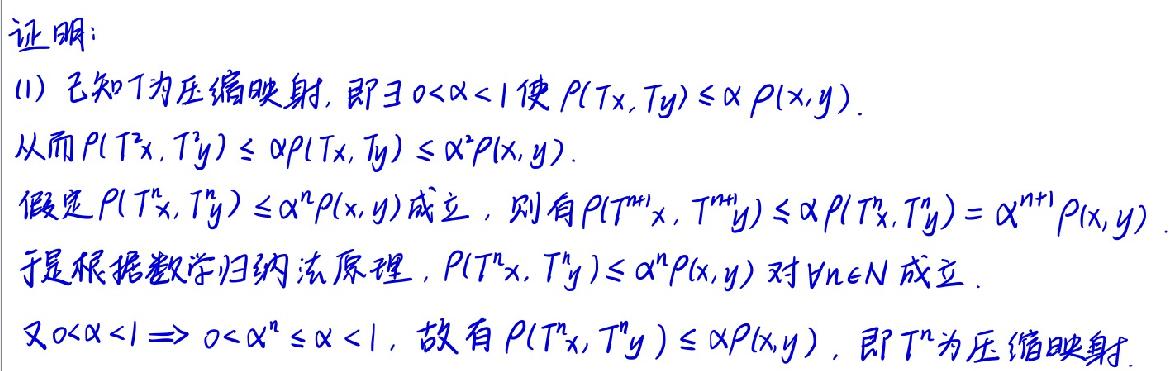
证明:
(1) 已知 $T$ 为压缩映射, 即 $\exists 0<\alpha<1$ 使 $\rho(Tx,Ty)\leq\alpha\rho(x,y)$.
从而 $\rho(T^{2}x,T^{2}y)\leq\alpha\rho(Tx,Ty)\leq\alpha^{2}\rho(x,y)$.
假定 $\rho(T^{n}x,T^{n}y)\leq\alpha^{n}\rho(x,y)$ 成立, 则有 $\rho(T^{n + 1}x,T^{n+1}y)\leq\alpha\rho(T^{n}x,T^{n}y)=\alpha^{n + 1}\rho(x,y)$.
于是根据数学归纳法原理, $\rho(T^{n}x,T^{n}y)\leq\alpha^{n}\rho(x,y)$ 对 $\forall n\in N$ 成立.
又 $0<\alpha<1\Rightarrow0<\alpha^{n}\leq\alpha<1$, 故有 $\rho(T^{n}x,T^{n}y)\leq\alpha\rho(x,y)$, 即 $T^{n}$ 为压缩映射.